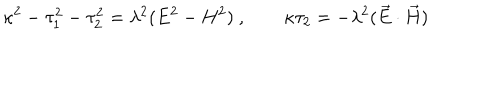
\kappa ^ { 2 } - \tau _ { 1 } ^ { 2 } - \tau _ { 2 } ^ { 2 } = \lambda ^ { 2 } ( E ^ { 2 } - H ^ { 2 } ) ~ , \qquad \kappa \tau _ { 2 } = - \lambda ^ { 2 } ( \vec { E } \cdot \vec { H } )